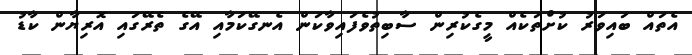
އެތައް ބައިވަރު ކުށްތަކެއް މީގެކުރިން ސާބިތުވެފައިވާކަން އެނގޭކަމާއި އޭގެ ތެރޭގައި އޮރިޔާން ކާޑު